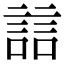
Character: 誩